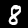
Label: 8